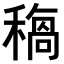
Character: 𥡺